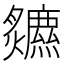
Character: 𤓏